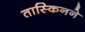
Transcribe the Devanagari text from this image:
तास्किनने